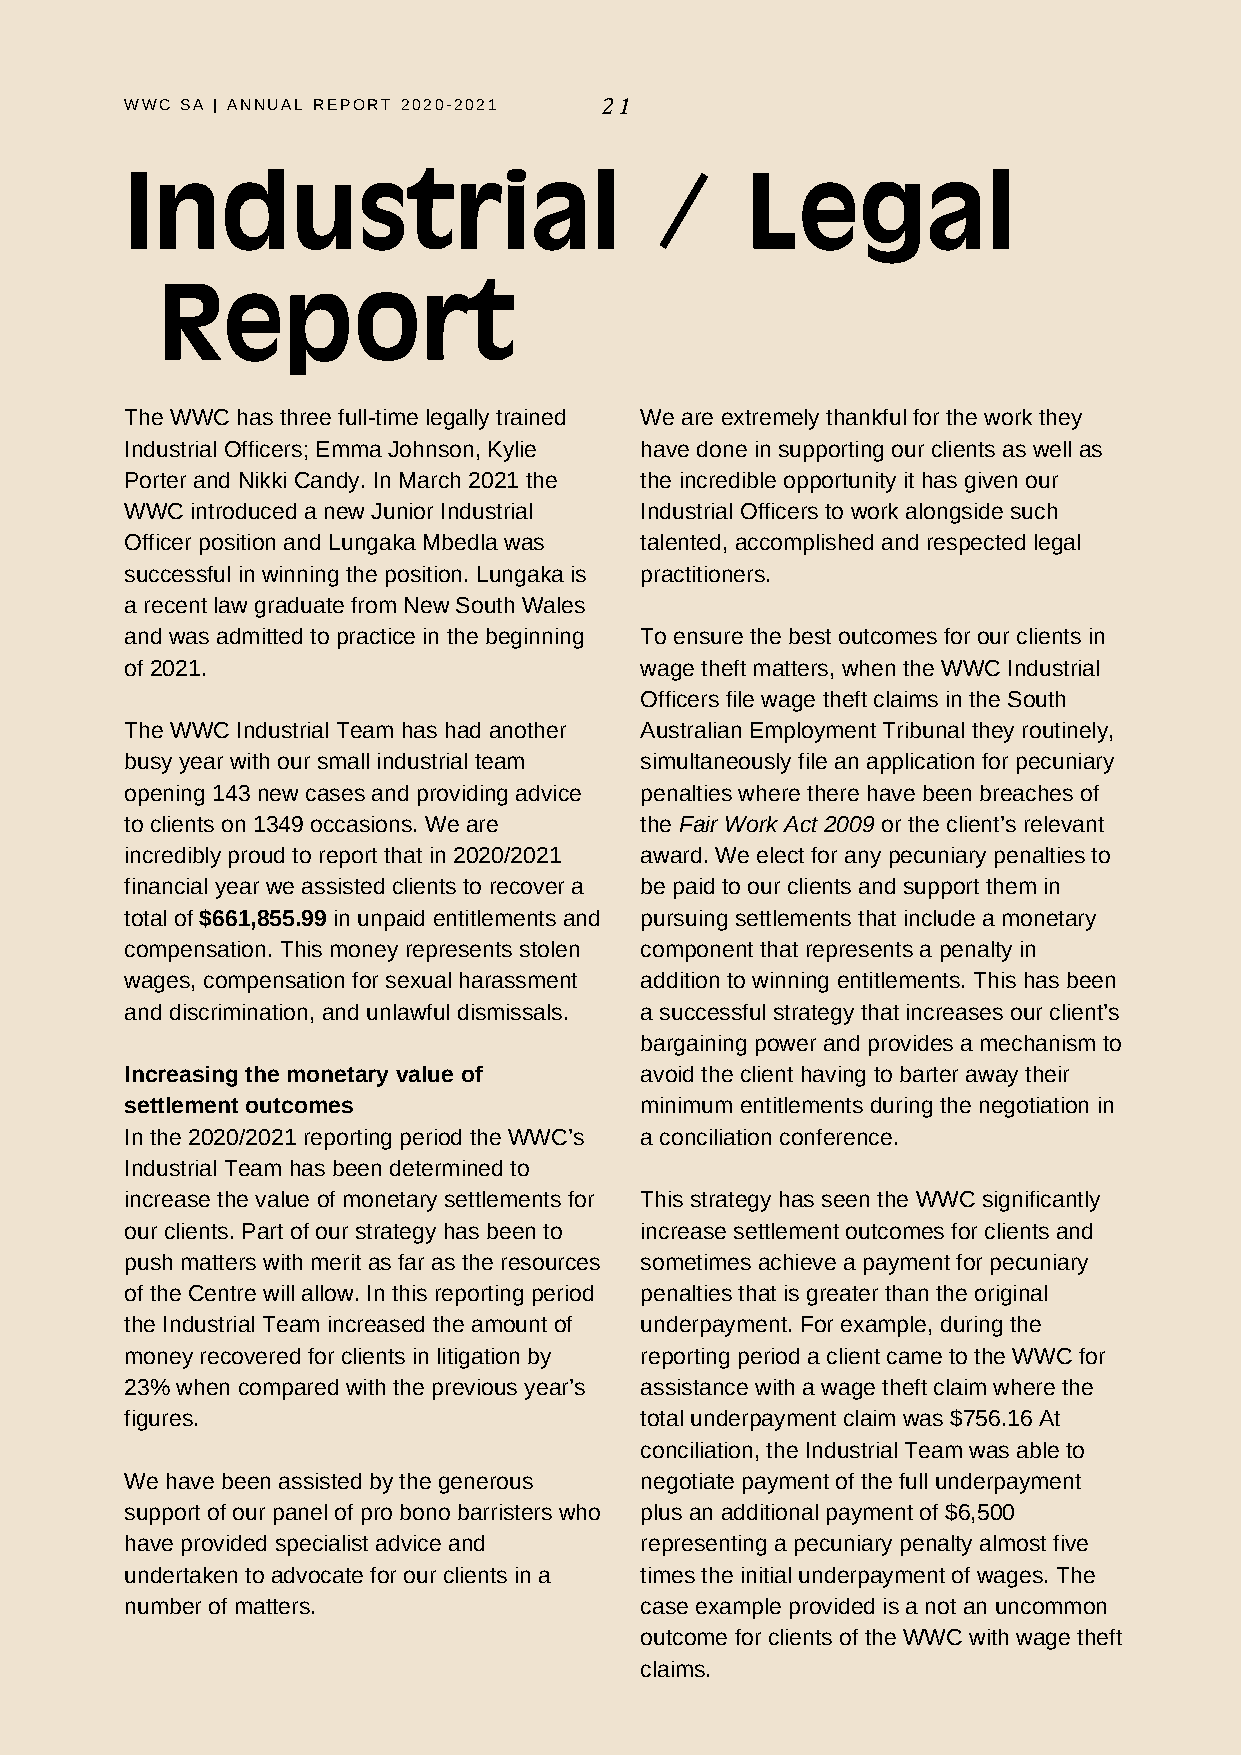
WWC SA | ANNUAL REPORT 2020-2021 21
 Industrial                         /     Legal
 Report
 The WWC has three full-time legally trained We are extremely thankful for the work they
 Industrial Officers; Emma Johnson, Kylie have done in supporting our clients as well as
 Porter and Nikki Candy. In March 2021 the the incredible opportunity it has given our
 WWC  introduced a new Junior Industrial Industrial Officers to work alongside such
 Officer position and Lungaka Mbedla was talented, accomplished and respected legal
 successful in winning the position. Lungaka is practitioners.
 a recent law graduate from New South Wales
 and was admitted to practice in the beginning To ensure the best outcomes for our clients in
 of 2021.                          wage theft matters, when the WWC Industrial
 Officers file wage theft claims in the South
 The WWC Industrial Team has had another Australian Employment Tribunal they routinely,
 busy year with our small industrial team simultaneously file an application for pecuniary
 opening 143 new cases and providing advice penalties where there have been breaches of
 to clients on 1349 occasions. We are the Fair Work Act 2009 or the client’s relevant
 incredibly proud to report that in 2020/2021 award. We elect for any pecuniary penalties to
 financial year we assisted clients to recover a be paid to our clients and support them in
 total of $661,855.99 in unpaid entitlements and pursuing settlements that include a monetary
 compensation. This money represents stolen component that represents a penalty in
 wages, compensation for sexual harassment addition to winning entitlements. This has been
 and discrimination, and unlawful dismissals. a successful strategy that increases our client’s
 bargaining power and provides a mechanism to
 Increasing the monetary value of  avoid the client having to barter away their
 settlement outcomes               minimum entitlements during the negotiation in
 In the 2020/2021 reporting period the WWC’s a conciliation conference.
 Industrial Team has been determined to
 increase the value of monetary settlements for This strategy has seen the WWC significantly
 our clients. Part of our strategy has been to increase settlement outcomes for clients and
 push matters with merit as far as the resources sometimes achieve a payment for pecuniary
 of the Centre will allow. In this reporting period penalties that is greater than the original
 the Industrial Team increased the amount of underpayment. For example, during the
 money recovered for clients in litigation by reporting period a client came to the WWC for
 23% when compared with the previous year’s assistance with a wage theft claim where the
 figures.                          total underpayment claim was $756.16 At
 conciliation, the Industrial Team was able to
 We have been assisted by the generous negotiate payment of the full underpayment
 support of our panel of pro bono barristers who plus an additional payment of $6,500
 have provided specialist advice and representing a pecuniary penalty almost five
 undertaken to advocate for our clients in a times the initial underpayment of wages. The
 number of matters.                case example provided is a not an uncommon
 outcome for clients of the WWC with wage theft
 claims.